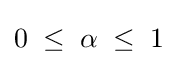
0\;\leq \;\alpha \;\leq \;1